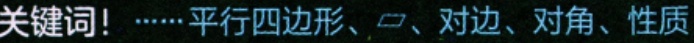
关键词！……平行四边形、□、对边、对角、性质